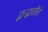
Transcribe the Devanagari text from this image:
द्वन्द्वातीतं